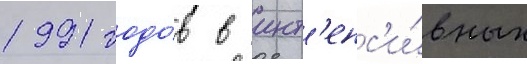
1991 годо́в в инт'енс'и́вных